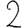
Digit: 2